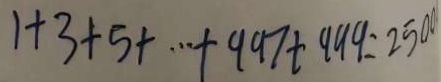
1 + 3 + 5 + \cdots + 9 9 7 + 9 9 9 = 2 5 0 0